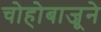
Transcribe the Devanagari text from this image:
चोहोबाजूने